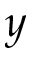
y